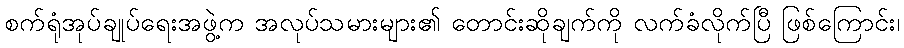
စက်ရုံအုပ်ချုပ်ရေးအဖွဲ့က အလုပ်သမားများ၏ တောင်းဆိုချက်ကို လက်ခံလိုက်ပြီ ဖြစ်ကြောင်း၊